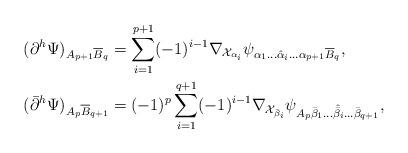
LaTeX: \begin{align*}(\partial^h\Psi)_{A_{p+1}\overline{B}_q} &= \sum_{i=1}^{p+1} (-1)^{i-1}\nabla_{\mathcal{X}_{\alpha_i}}\psi_{\alpha_1\dots\hat{\alpha}_i\dots\alpha_{p+1}\overline{B}_q},\\(\bar{\partial}^h\Psi)_{A_p\overline{B}_{q+1}} &= (-1)^p\sum_{i=1}^{q+1} (-1)^{i-1}\nabla_{\mathcal{X}_{\bar{\beta}_i}}\psi_{A_p\bar{\beta}_1\dots\hat{\bar{\beta}}_i\dots\bar{\beta}_{q+1}},\end{align*}